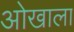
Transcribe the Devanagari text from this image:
ओखाला